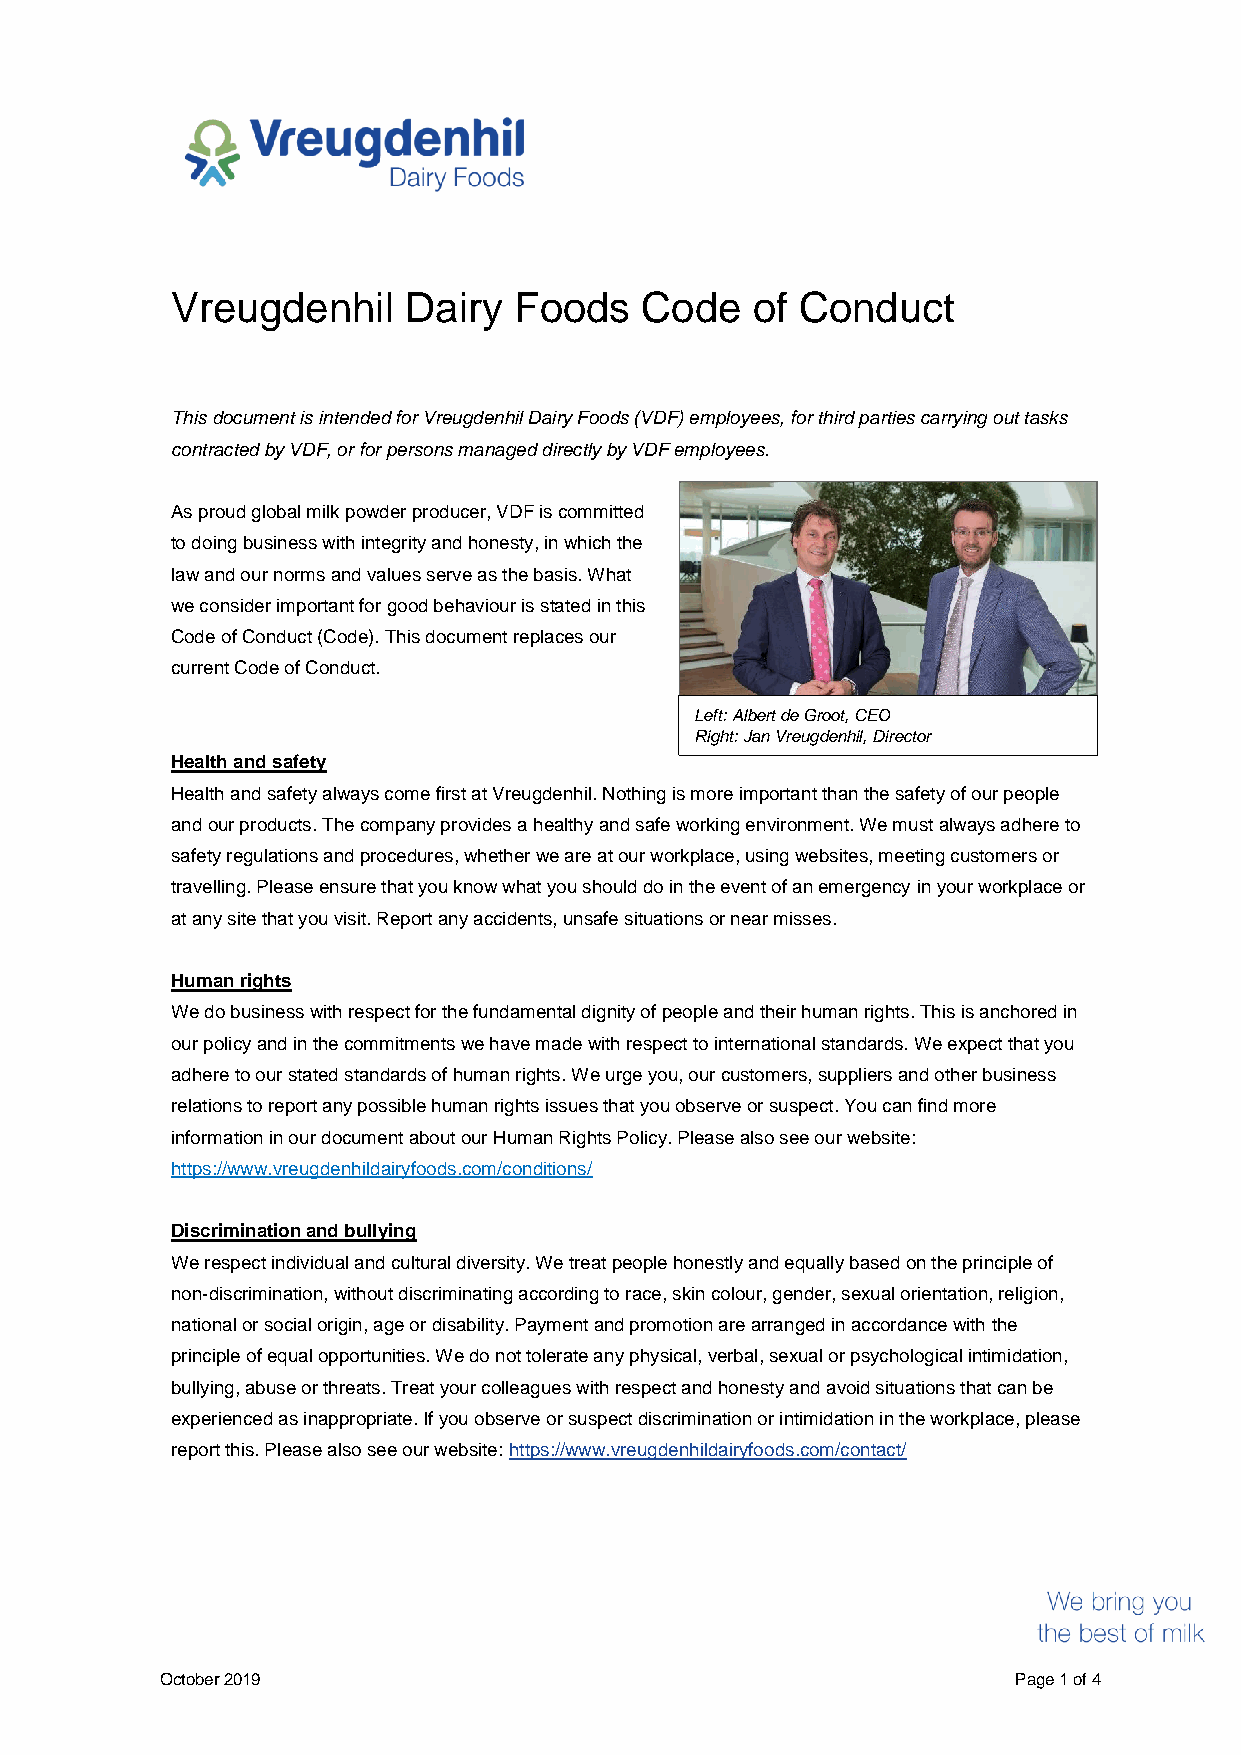
Vreugdenhil     Dairy  Foods   Code    of Conduct
 This document is intended for Vreugdenhil Dairy Foods (VDF) employees, for third parties carrying out tasks
 contracted by VDF, or for persons managed directly by VDF employees.
 As proud global milk powder producer, VDF is committed
 to doing business with integrity and honesty, in which the
 law and our norms and values serve as the basis. What
 we consider important for good behaviour is stated in this
 Code of Conduct (Code). This document replaces our
 current Code of Conduct.
 Left: Albert de Groot, CEO
 Right: Jan Vreugdenhil, Director
 Health and safety
 Health and safety always come first at Vreugdenhil. Nothing is more important than the safety of our people
 and our products. The company provides a healthy and safe working environment. We must always adhere to
 safety regulations and procedures, whether we are at our workplace, using websites, meeting customers or
 travelling. Please ensure that you know what you should do in the event of an emergency in your workplace or
 at any site that you visit. Report any accidents, unsafe situations or near misses.
 Human rights
 We do business with respect for the fundamental dignity of people and their human rights. This is anchored in
 our policy and in the commitments we have made with respect to international standards. We expect that you
 adhere to our stated standards of human rights. We urge you, our customers, suppliers and other business
 relations to report any possible human rights issues that you observe or suspect. You can find more
 information in our document about our Human Rights Policy. Please also see our website:
 https://www.vreugdenhildairyfoods.com/conditions/
 Discrimination and bullying
 We respect individual and cultural diversity. We treat people honestly and equally based on the principle of
 non-discrimination, without discriminating according to race, skin colour, gender, sexual orientation, religion,
 national or social origin, age or disability. Payment and promotion are arranged in accordance with the
 principle of equal opportunities. We do not tolerate any physical, verbal, sexual or psychological intimidation,
 bullying, abuse or threats. Treat your colleagues with respect and honesty and avoid situations that can be
 experienced as inappropriate. If you observe or suspect discrimination or intimidation in the workplace, please
 report this. Please also see our website: https://www.vreugdenhildairyfoods.com/contact/
 October 2019                                            Page 1 of 4